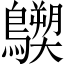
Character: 𪇐